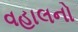
વહાલનો